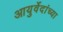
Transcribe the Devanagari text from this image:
आयुर्वेदांच्या